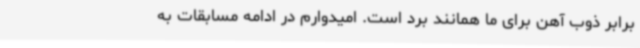
برابر ذوب آهن برای ما همانند برد است. امیدوارم در ادامه مسابقات به